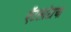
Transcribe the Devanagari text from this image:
ऍटलांटाचा